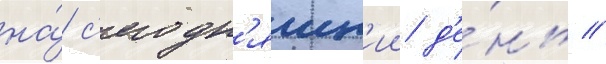
на́ с'егодн'яшн'ии д'е́нь //